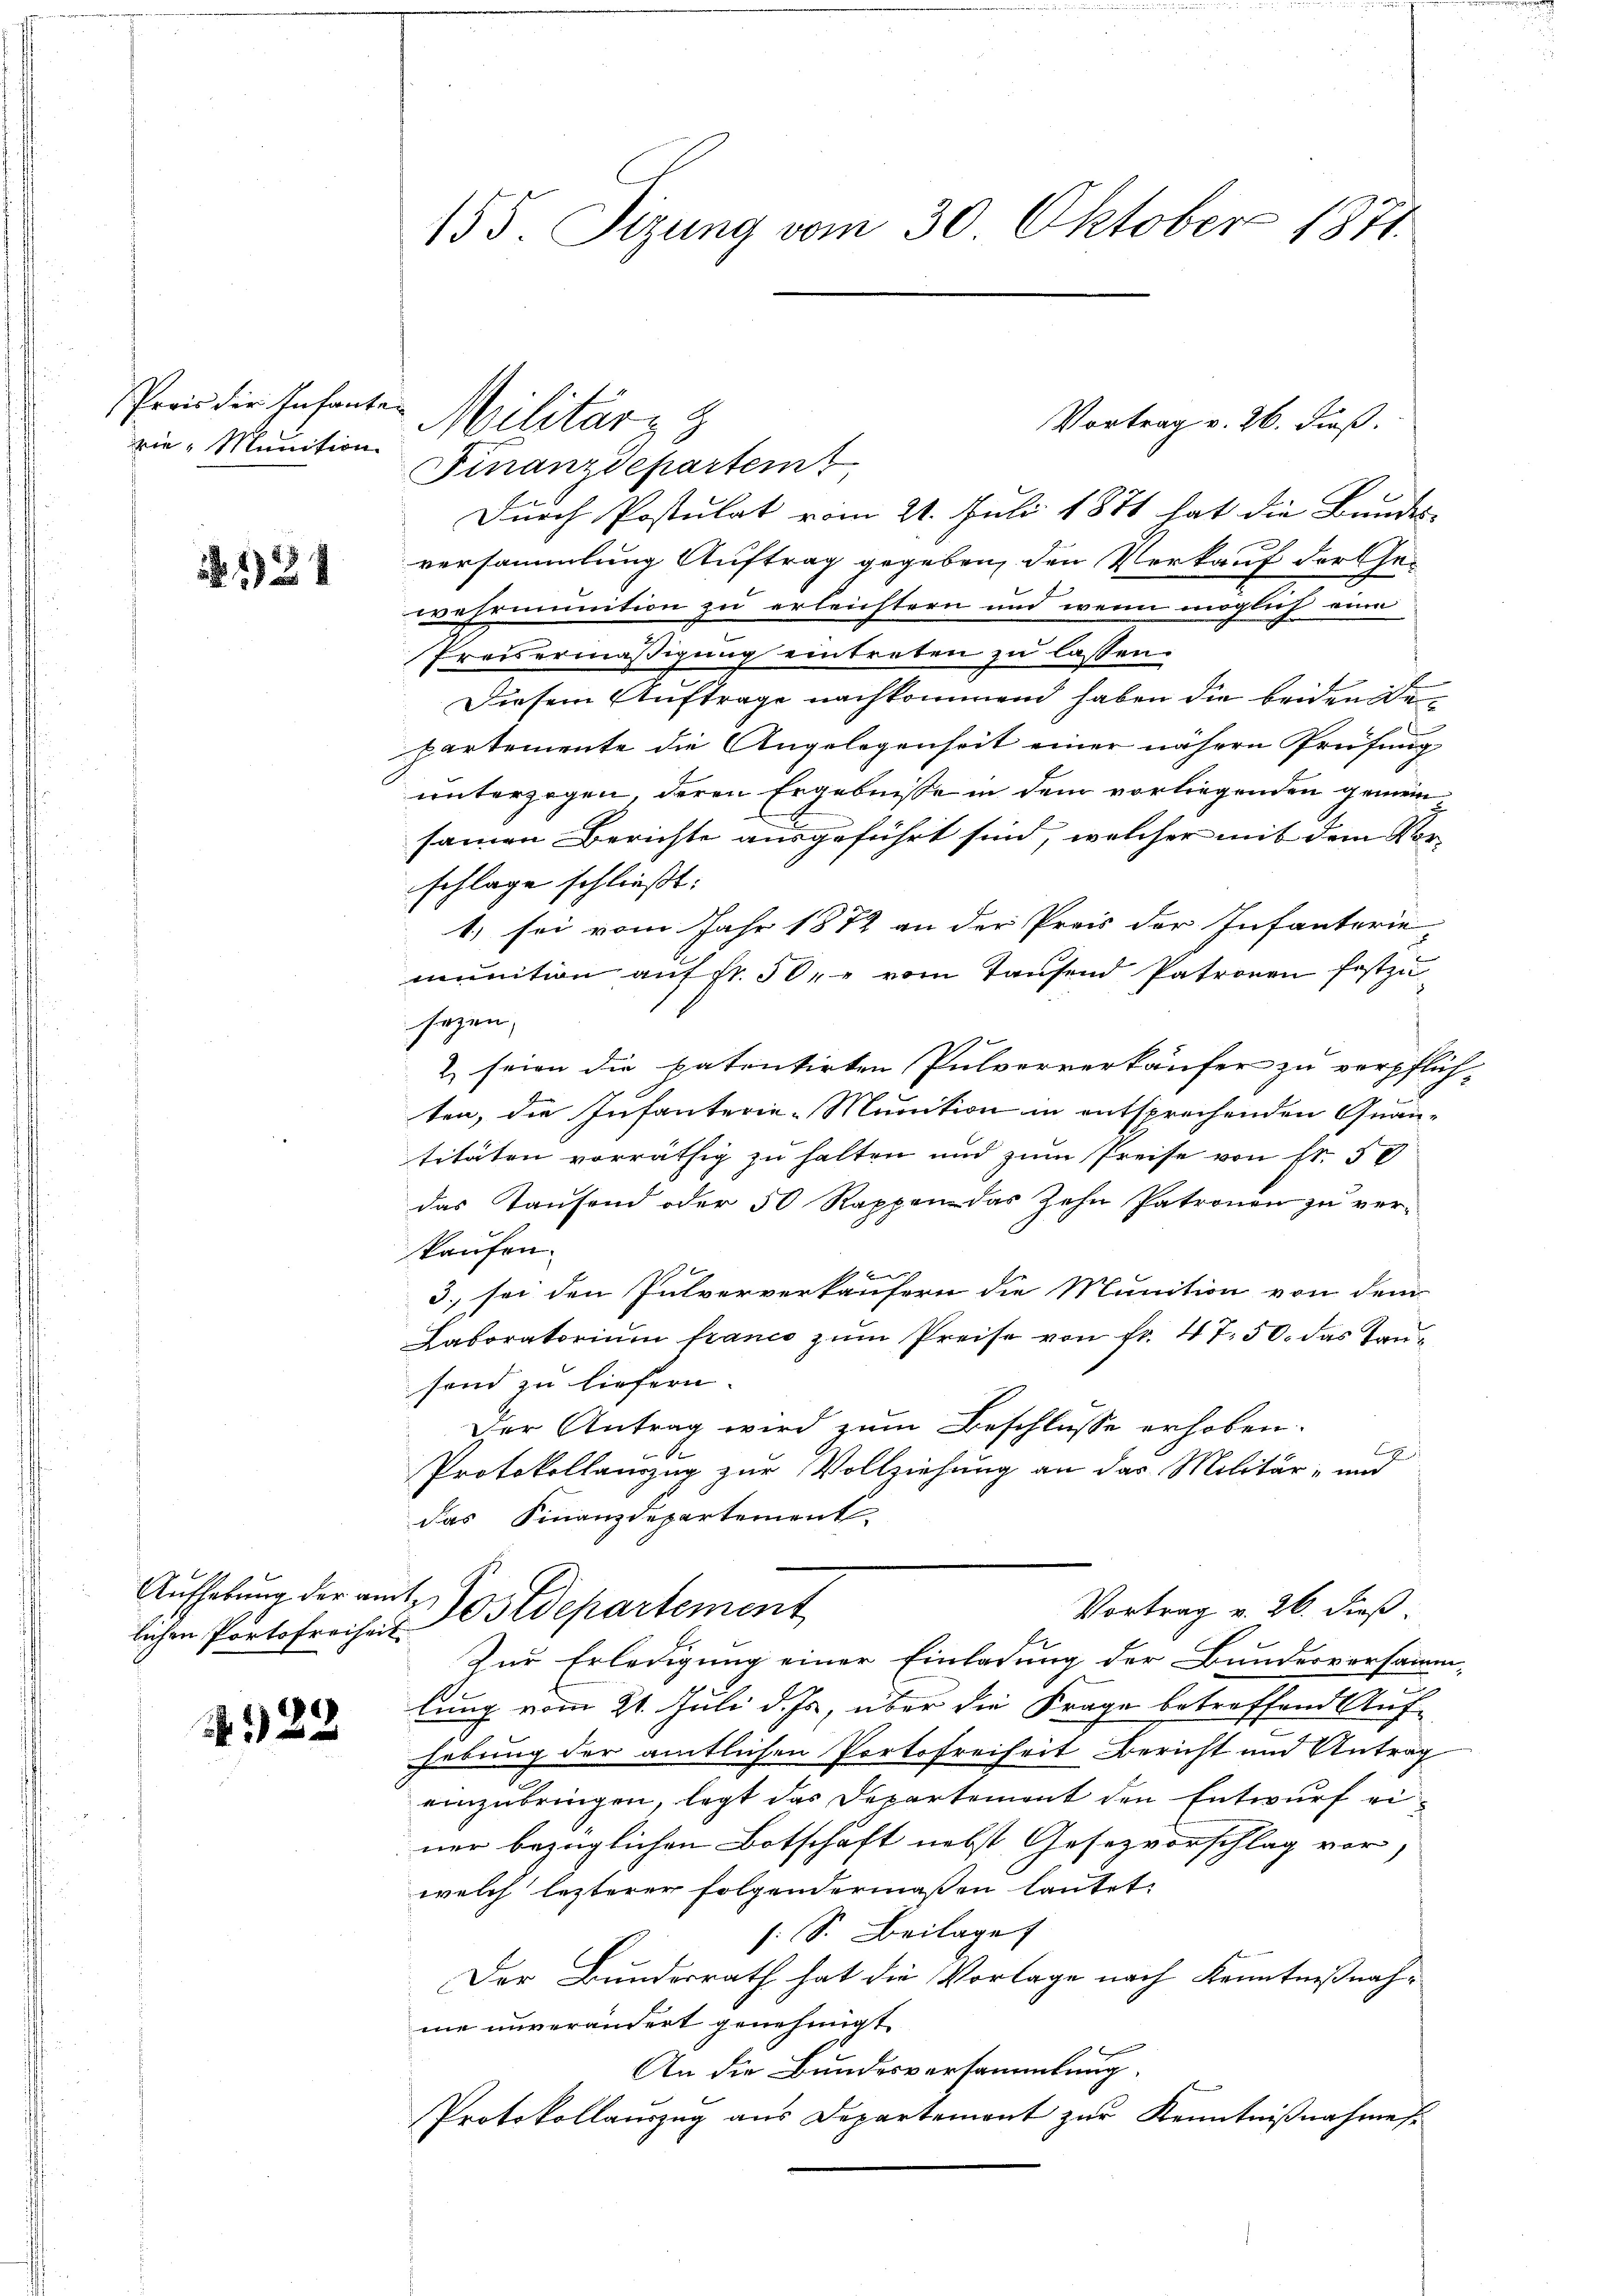
rie Munition

124

lichen Portofreiheit

929

155. Sizung vom 30. Oktober 1871.

Preis die Infanten Militärs z
Vortrag v. 26. dieß.
Finanzdepartem
Durch Postulat vom 21. Juli 1871 hat die Bundes-
versammlung Auftrag gegeben, den Verkauf der Ge-
wehrinition zu erleichtern und wenn möglich eine
Preisermäßigung eintreten zu lassen.
Diesem Auftrage nachkommend haben die beiden Bepartemente die Angelegenheit einer nähern Prüfung
unterzogen, deren Ergebnisse in dem vorliegenden gemein
sammen Berichte ausgeführt sind, welcher mit dem Vor-
schlage schließt:
1) sei vom Jahr 1872 an der Preis der Infanterie-
munition auf fr. 50, vom Tausend Patronen festzu
sezen,
2 seien die patentirten Pulververkäufer zu verpflich-
ten, die Infanterie-Munition in entsprechenden Quan-
titäten vorräthig zu halten und zum Preise von Fr. 50
das Tausend oder 50 Rappen das Zehn Patronen zu verkaufen.
3. sei den Pulververkäufern die Munition von dem
Laboratorium france zum Preise von Fr. 47. 50. das Taufond zu liefern.
Der Antrag wird zum Beschlüsse erhoben.
S
h
Protokollanzug zur Vollziehung an das Militär- und
das Finanzdepartement.
Aufhebung der am Postdepartement
Vortrag v. 26. dieß.
Zur Erledigung einer Einladung der Bundesversamm-
lung vom 21. Juli d. Js., über die Frage betreffend Aufhebung der amtlichen Portofreiheit Bericht und Antrag
einzubringen, legt das Departement den Entwurf einer bezüglichen Botschaft nebst Gesezvorschlag vor,
welch lezterer folgendermaßen lautet:
s. S. Beilage
Der Bundesrath hat die Vorlage nach Kenntnißnahme unverändert genehmigt.
An die Bundesversammlung.
Protokollauszug aus Departement zur Kenntnißnahmes